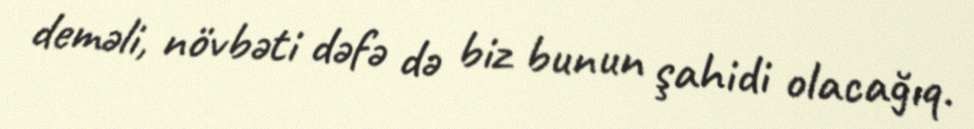
deməli, növbəti dəfə də biz bunun şahidi olacağıq.